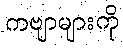
ကဗျာများကို